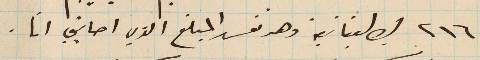
٢١٦ ليره لبنانية وهو نفس المبلغ الذي اصابني انا.